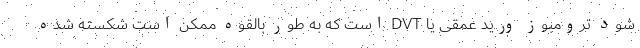
شود ترومبوز ورید عمقی یا DVT است که به طور بالقوه ممکن است شکسته شده